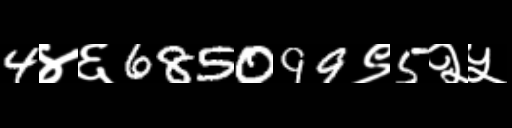
Text: 4४६685099९5२५